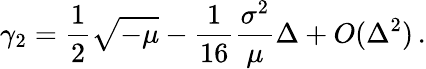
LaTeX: \gamma_{2}=\frac{1}{2}\sqrt{-\mu}-\frac{1}{16}\frac{\sigma^{2}}{\mu}\Delta+O(\Delta^{2})\, .